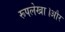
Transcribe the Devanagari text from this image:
रूपलेखा।और